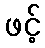
ဖင့်